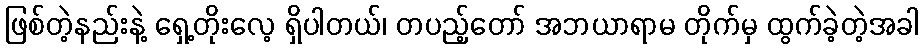
ဖြစ်တဲ့နည်းနဲ့ ရှေ့တိုးလေ့ ရှိပါတယ်၊ တပည့်တော် အဘယာရာမ တိုက်မှ ထွက်ခဲ့တဲ့အခါ